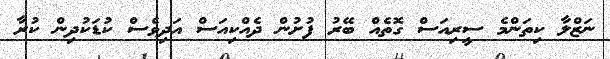
ނަޒްލާ ކިތަންމެ ސީރިއަސް ގޮތެއް ބޭރު ފުށުން ދެއްކިއަސް އަދިވެސް ކުޑަކުދިން ކުރާ